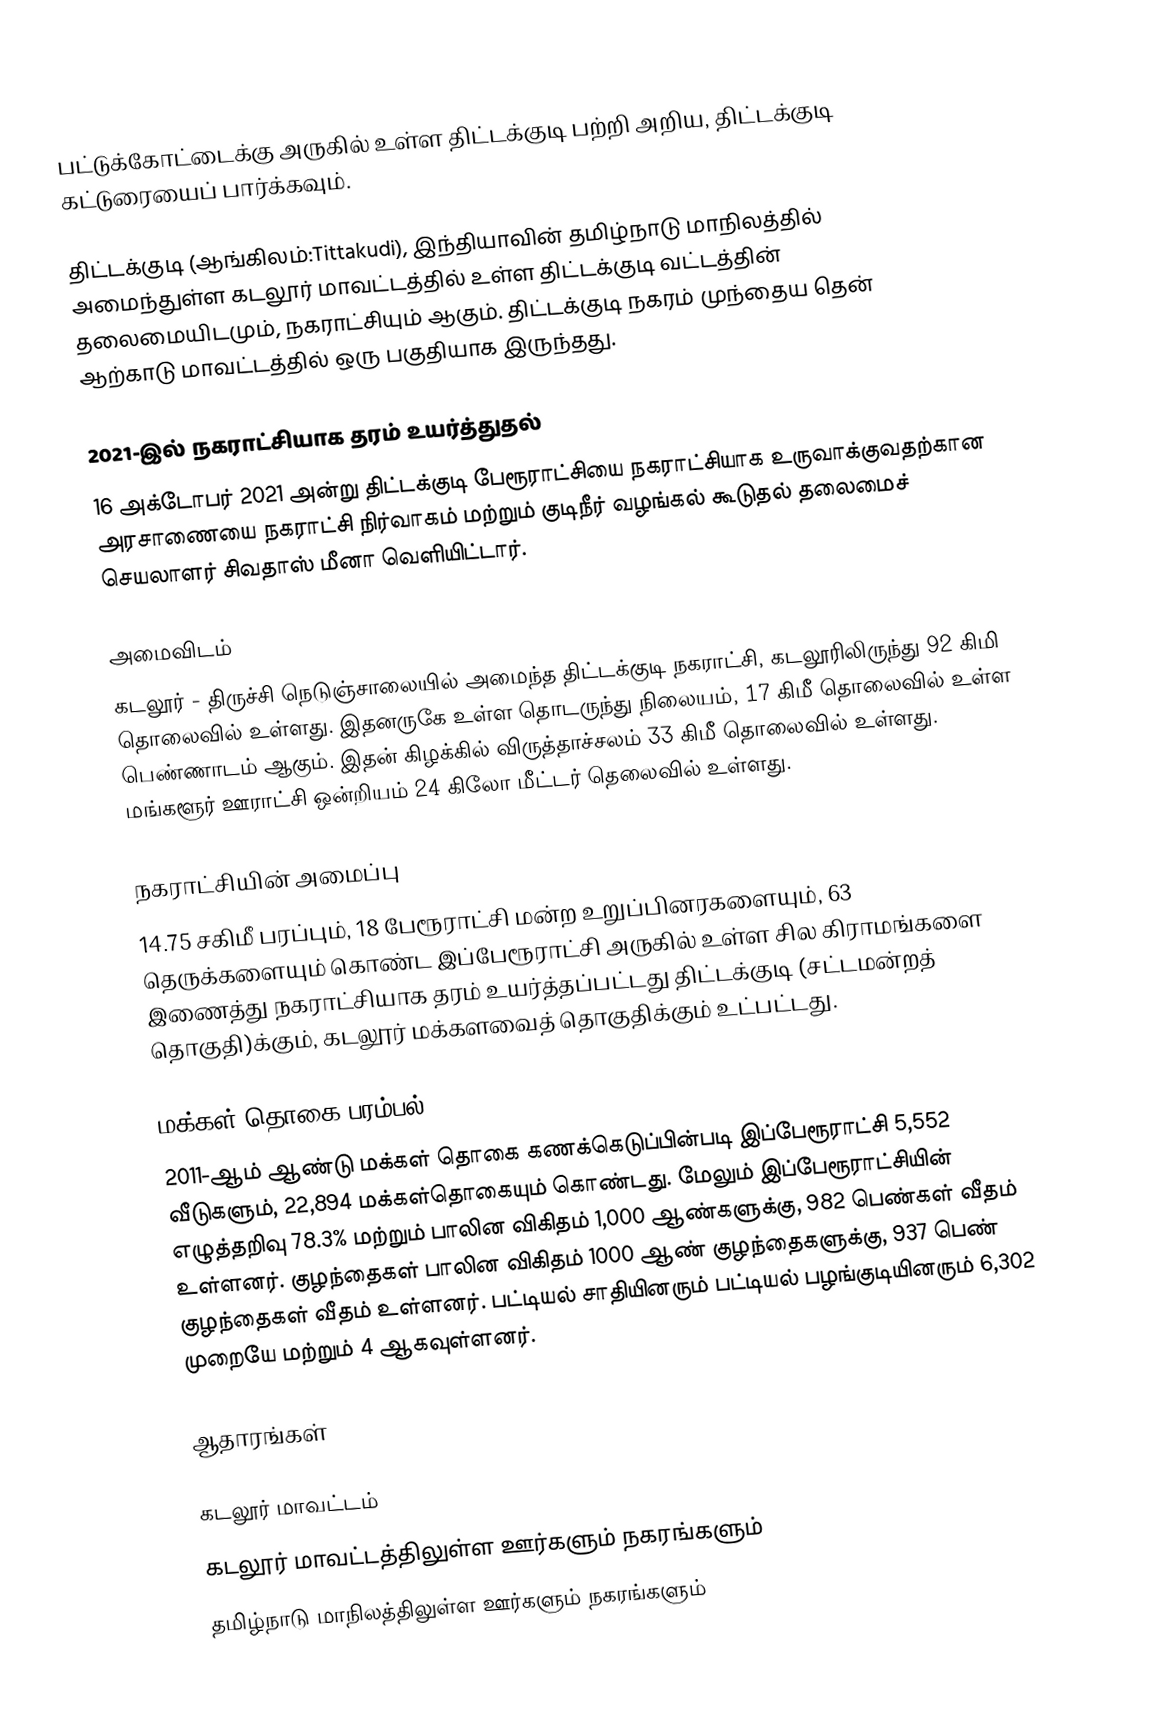
பட்டுக்கோட்டைக்கு அருகில் உள்ள திட்டக்குடி பற்றி அறிய, திட்டக்குடி கட்டுரையைப் பார்க்கவும்.

திட்டக்குடி (ஆங்கிலம்:Tittakudi), இந்தியாவின் தமிழ்நாடு மாநிலத்தில் அமைந்துள்ள கடலூர் மாவட்டத்தில் உள்ள திட்டக்குடி வட்டத்தின் தலைமையிடமும், நகராட்சியும் ஆகும். திட்டக்குடி நகரம் முந்தைய தென் ஆற்காடு மாவட்டத்தில் ஒரு பகுதியாக இருந்தது.

2021-இல் நகராட்சியாக தரம் உயர்த்துதல்
16 அக்டோபர் 2021 அன்று திட்டக்குடி பேரூராட்சியை நகராட்சியாக உருவாக்குவதற்கான அரசாணையை நகராட்சி நிர்வாகம் மற்றும் குடிநீர் வழங்கல் கூடுதல் தலைமைச் செயலாளர் சிவதாஸ் மீனா வெளியிட்டார்.

அமைவிடம்
கடலூர் -  திருச்சி நெடுஞ்சாலையில் அமைந்த திட்டக்குடி நகராட்சி, கடலூரிலிருந்து 92 கிமி தொலைவில் உள்ளது. இதனருகே உள்ள தொடருந்து நிலையம், 17 கிமீ தொலைவில் உள்ள பெண்ணாடம் ஆகும். இதன் கிழக்கில் விருத்தாச்சலம் 33 கிமீ தொலைவில் உள்ளது. மங்களூர் ஊராட்சி ஒன்றியம் 24 கிலோ மீட்டர் தெலைவில் உள்ளது.

நகராட்சியின் அமைப்பு
14.75 சகிமீ பரப்பும், 18 பேரூராட்சி மன்ற உறுப்பினரகளையும், 63 தெருக்களையும் கொண்ட  இப்பேரூராட்சி  அருகில் உள்ள சில கிராமங்களை இணைத்து நகராட்சியாக தரம் உயர்த்தப்பட்டது  திட்டக்குடி (சட்டமன்றத் தொகுதி)க்கும், கடலூர் மக்களவைத் தொகுதிக்கும் உட்பட்டது.

மக்கள் தொகை பரம்பல்
2011-ஆம் ஆண்டு மக்கள் தொகை கணக்கெடுப்பின்படி   இப்பேரூராட்சி 5,552  வீடுகளும், 22,894 மக்கள்தொகையும் கொண்டது. மேலும் இப்பேரூராட்சியின் எழுத்தறிவு 78.3% மற்றும்  பாலின விகிதம் 1,000 ஆண்களுக்கு, 982 பெண்கள் வீதம் உள்ளனர். குழந்தைகள் பாலின விகிதம் 1000 ஆண் குழந்தைகளுக்கு, 937 பெண் குழந்தைகள் வீதம் உள்ளனர்.  பட்டியல் சாதியினரும் பட்டியல் பழங்குடியினரும் 6,302 முறையே   மற்றும் 4  ஆகவுள்ளனர்.

ஆதாரங்கள்

கடலூர் மாவட்டம்
கடலூர் மாவட்டத்திலுள்ள ஊர்களும் நகரங்களும்
தமிழ்நாடு மாநிலத்திலுள்ள ஊர்களும் நகரங்களும்